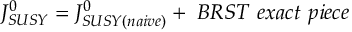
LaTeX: J _ { S U S Y } ^ { 0 } = J _ { S U S Y ( n a i v e ) } ^ { 0 } + \ B R S T \ e x a c t \ p i e c e